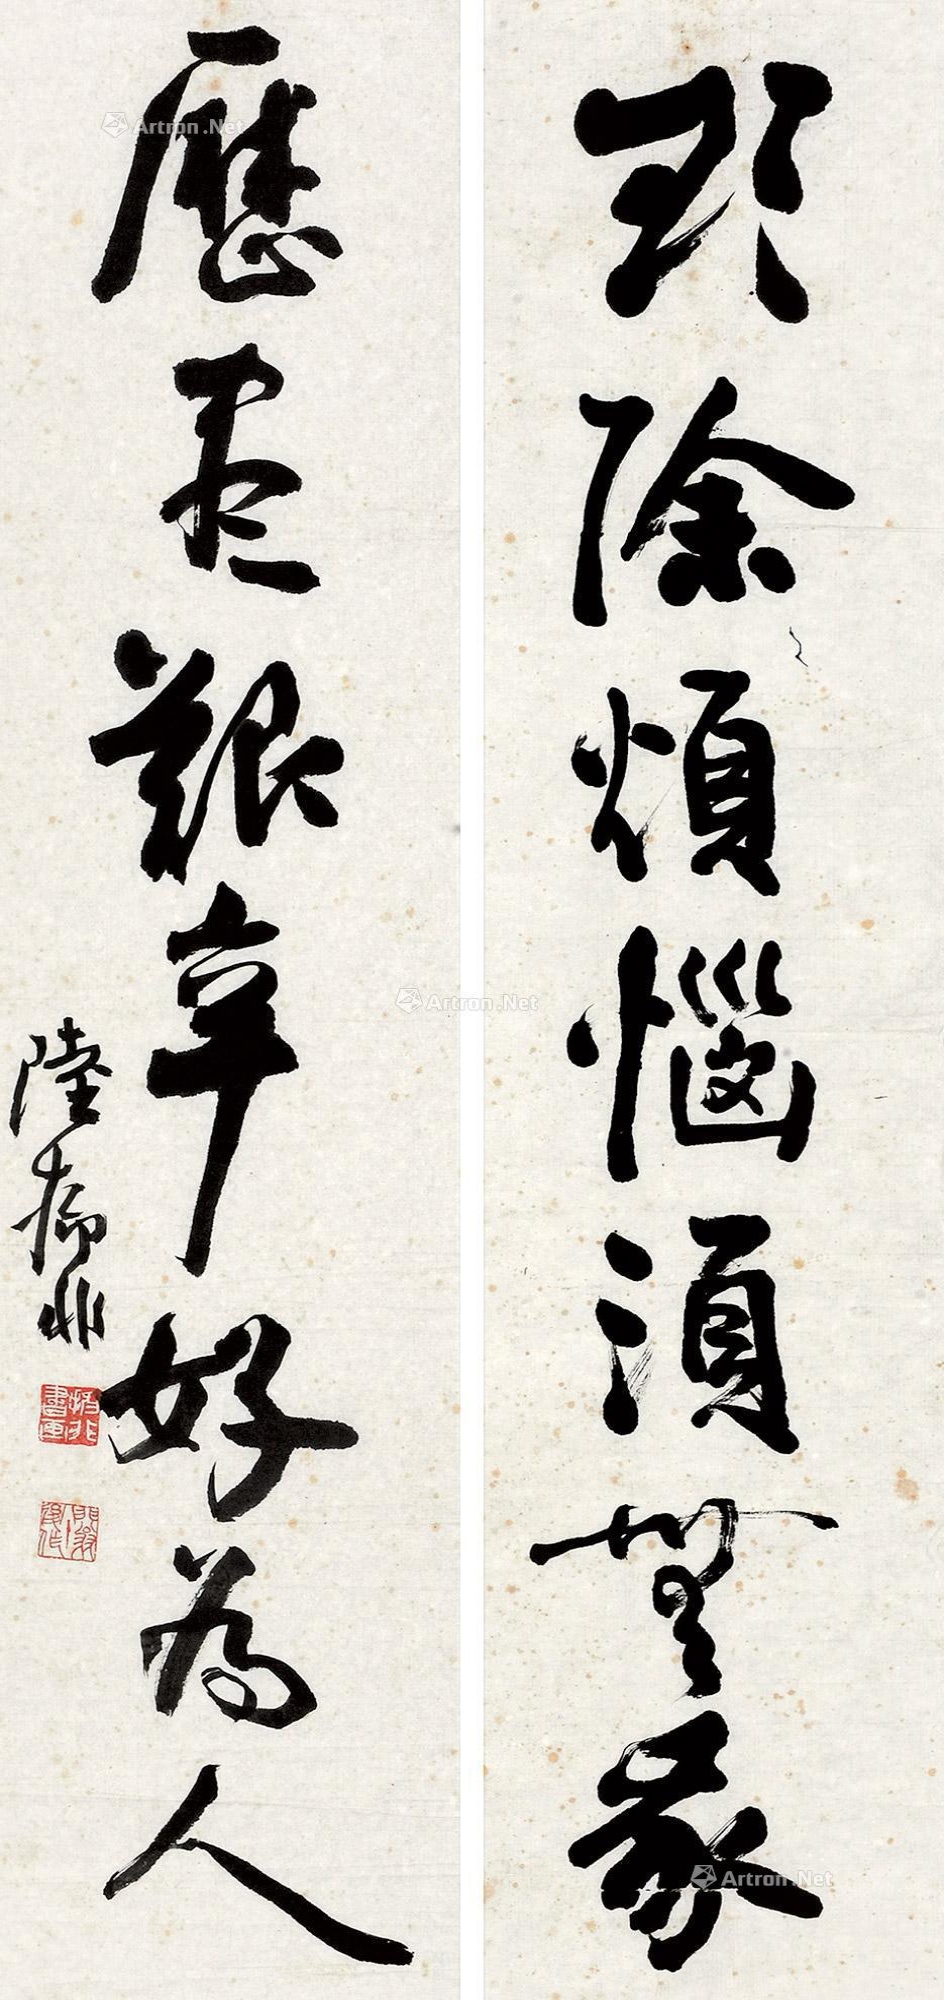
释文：欲除烦恼须无我，历尽艰辛好为人。陆抑非。